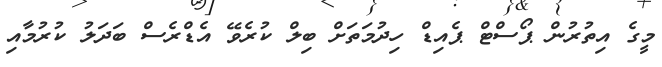
މީގެ އިތުރުން ޕޯސްޓް ޕެއިޑް ހިދުމަތަށް ބިލް ކުރެވޭ އެޑްރެސް ބަދަލު ކުރުމާއި